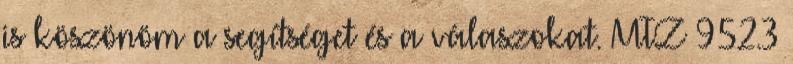
is köszönöm a segítséget és a válaszokat. MTZ 952.3